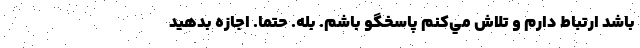
باشد ارتباط دارم و تلاش مي‌كنم پاسخگو باشم. بله. حتما. اجازه بدهيد